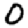
Digit: 0